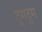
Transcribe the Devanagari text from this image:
टूमटूम